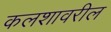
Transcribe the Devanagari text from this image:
कलशावरील